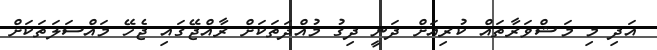
އަދި މި މަޝްވަރާތައް ކުރިއަށް ދަނީ ދިގު މުއްދަތަކަށް ރާއްޖޭގައި ޖެހޭ މައްސަލަތަކަށް